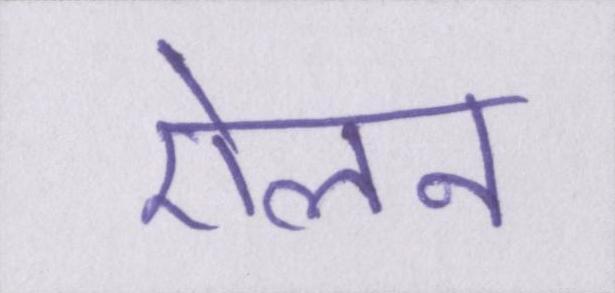
ऐलन